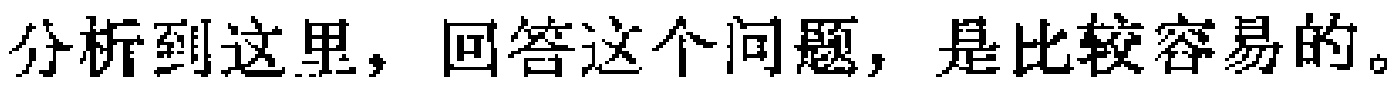
分析到这里，回答这个问题，是比较容易的。